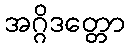
အဂ္ဂိဒတ္တော